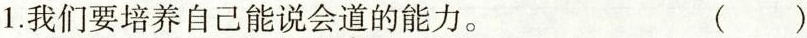
1.我们要培养自己能说会\underset{·}{道}的能力。 ( )